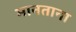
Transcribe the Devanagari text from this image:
मानताना